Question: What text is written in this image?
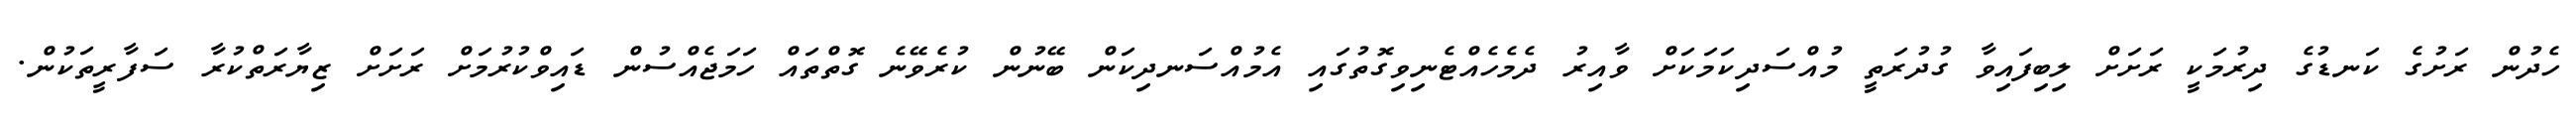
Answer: ހެދުން ރަށުގެ ކަނޑުގެ ދިރުމަކީ ރަށަށް ލިބިފައިވާ ގުދުރަތީ މުއްސަދިކަމަކަށް ވާއިރު ދެމެހެއްޓެނިވިގޮތުގައި އެމުއްސަނދިކަން ބޭނުން ކުރެވޭނެ ގޮތްތައް ހަމަޖެއްސުން ޑައިވްކުރުމަށް ރަށަށް ޒިޔާރަތްކުރާ ސަފާރީތަކުން.